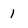
Character: 1